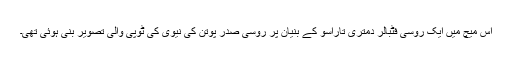
اس میچ میں ایک روسی فٹبالر دمتری تاراسو کے بنیان پر روسی صدر پوتن کی نیوی کی ٹوپی والی تصویر بنی ہوئی تھی۔